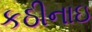
કઠીનાઇ